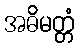
အဓိမတ္တံ